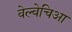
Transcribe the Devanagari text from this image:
वेल्वेचिआ